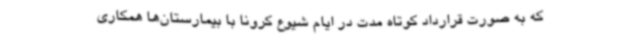
که به صورت قرارداد کوتاه مدت در ایام شیوع کرونا با بیمارستان‌ها همکاری